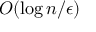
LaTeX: O ( \log n / \epsilon )